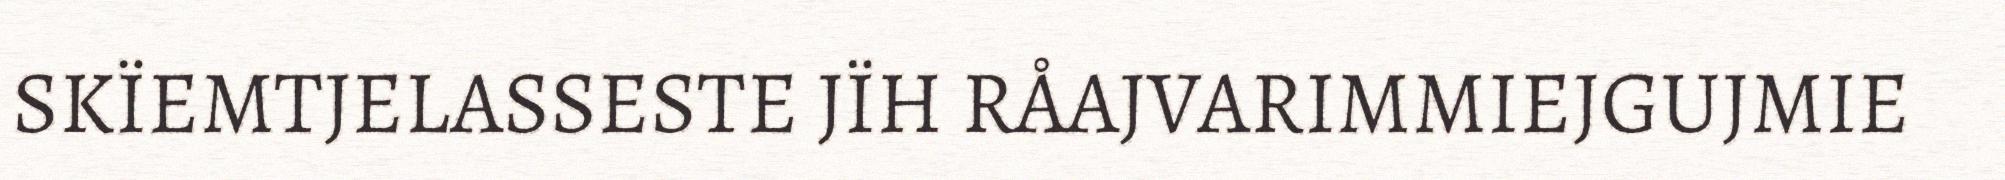
SKÏEMTJELASSESTE JÏH RÅAJVARIMMIEJGUJMIE